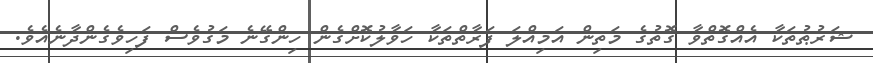
ޝަރުޠުތަކާ އެއްގޮތްވާ ގޮތުގެ މަތިން އަމިއްލަ ފަރާތްތަކާ ހަވާލުކޮށްގެން ހިންގޭނެ މަގުވެސް ފަހިވެގެންދާނެއެވެ.